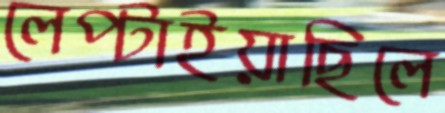
লেপ্‌টাইয়াছিলে